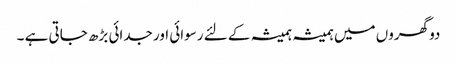
دو گھروں میں ہمیشہ ہمیشہ کے لئے رسوائی اور جدائی بڑھ جاتی ہے ۔